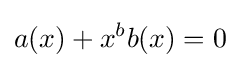
a(x)+x^{b}b(x)=0